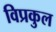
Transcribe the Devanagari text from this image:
विप्रकुल